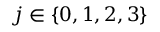
j \in \{ 0 , 1 , 2 , 3 \}